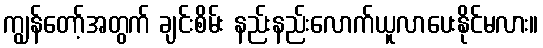
ကျွန်တော့်အတွက် ချင်းစိမ်း နည်းနည်းလောက်ယူလာပေးနိုင်မလား။